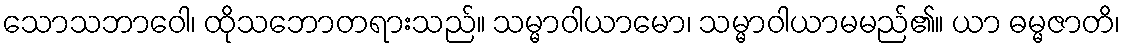
သောသဘာဝေါ၊ ထိုသဘောတရားသည်။ သမ္မာဝါယာမော၊ သမ္မာဝါယာမမည်၏။ ယာ ဓမ္မဇာတိ၊